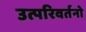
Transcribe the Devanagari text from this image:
उत्परिवर्तनो